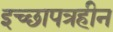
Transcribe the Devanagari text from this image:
इच्छापत्रहीन